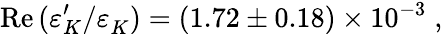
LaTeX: \mathrm{Re}\, (\varepsilon_{K}^{\prime}/\varepsilon_{K}^{\phantom{'}})=(1.72\pm 0.18)\times 10^{-3}\; ,